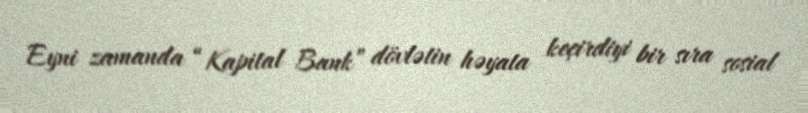
Eyni zamanda “Kapital Bank” dövlətin həyata keçirdiyi bir sıra sosial